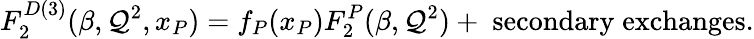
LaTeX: F_{2}^{D(3)}(\beta,\mathcal{Q}^{2},x_{P})=f_{P}(x_{P})F_{2}^{P}(\beta,\mathcal{Q}^{2})+\; \mathrm{{secondary}}\; \mathrm{{exchanges}}.